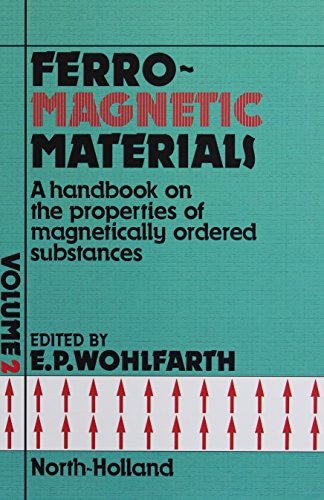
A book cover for Ferromagnetic Materials: A Handbook on the Properties of Magnetically Ordered Substances, Vol. 2; Science & Math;